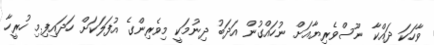
ވާހަކަ ދައްކާ ނޫސްވެރިޔާއަށް ނުހައްގުން އަދަބު ދިނުމަކީ މިވެރިންގެ އުފަލަކަށް ހަދައިފި.މި ހުރީހާ